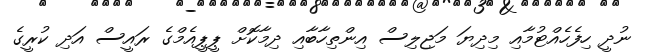
ނުދީ ހިފެހެއްޓުމާއި މިދިޔަ މަޖިލިސް އިންތިހާބާއިި ދިމާކޮށް ޕީޕީއެމްގެ ރައީސް އަދި ކުރީގެ